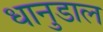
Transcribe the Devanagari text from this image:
धानुडाल